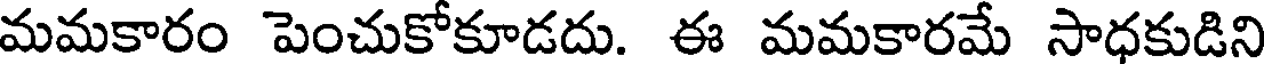
మమకారం పెంచుకోకూడదు. ఈ మమకారమే సాధకుడిని